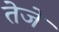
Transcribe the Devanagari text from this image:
तेजे